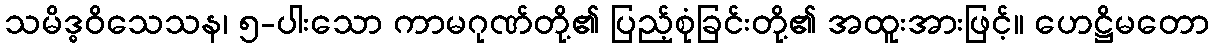
သမိဒ္ဓဝိသေသန၊ ၅-ပါးသော ကာမဂုဏ်တို့၏ ပြည့်စုံခြင်းတို့၏ အထူးအားဖြင့်။ ဟေဋ္ဌိမတော